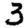
Digit: 3